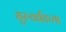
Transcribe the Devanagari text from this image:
सुरुवातिच्या